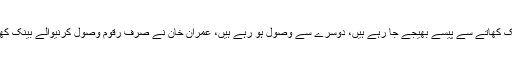
انہوں نے اپنے دلائل میں مزید کہا کہ نیازی سروسز کے دو بینک کھاتے ہیں، ایک کھاتے سے پیسے بھیجے جا رہے ہیں، دوسرے سے وصول ہو رہے ہیں، عمران خان نے صرف رقوم وصول کرنیوالے بینک کھاتے کی تفصیلات فراہم کی ہیں، عمران خان دستاویزات میں ردوبدل کر رہے ہیں۔